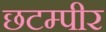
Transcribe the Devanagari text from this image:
छटम्पीर